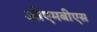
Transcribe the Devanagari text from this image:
ओएमबीएस